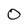
Character: O